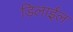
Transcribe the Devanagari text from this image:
डिलाईल